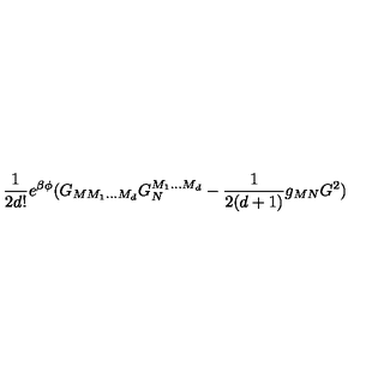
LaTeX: \frac { 1 } { 2 d ! } e ^ { \beta \phi } ( G _ { M M _ { 1 } . . . M _ { d } } G _ { N } ^ { M _ { 1 } . . . M _ { d } } - \frac { 1 } { 2 ( d + 1 ) } g _ { M N } G ^ { 2 } )